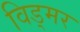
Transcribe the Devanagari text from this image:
विड्मर